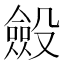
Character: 𣫍